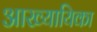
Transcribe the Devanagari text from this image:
अाख्यायिका